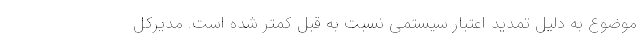
موضوع به دلیل تمدید اعتبار سیستمی نسبت به قبل کمتر شده است. مدیرکل